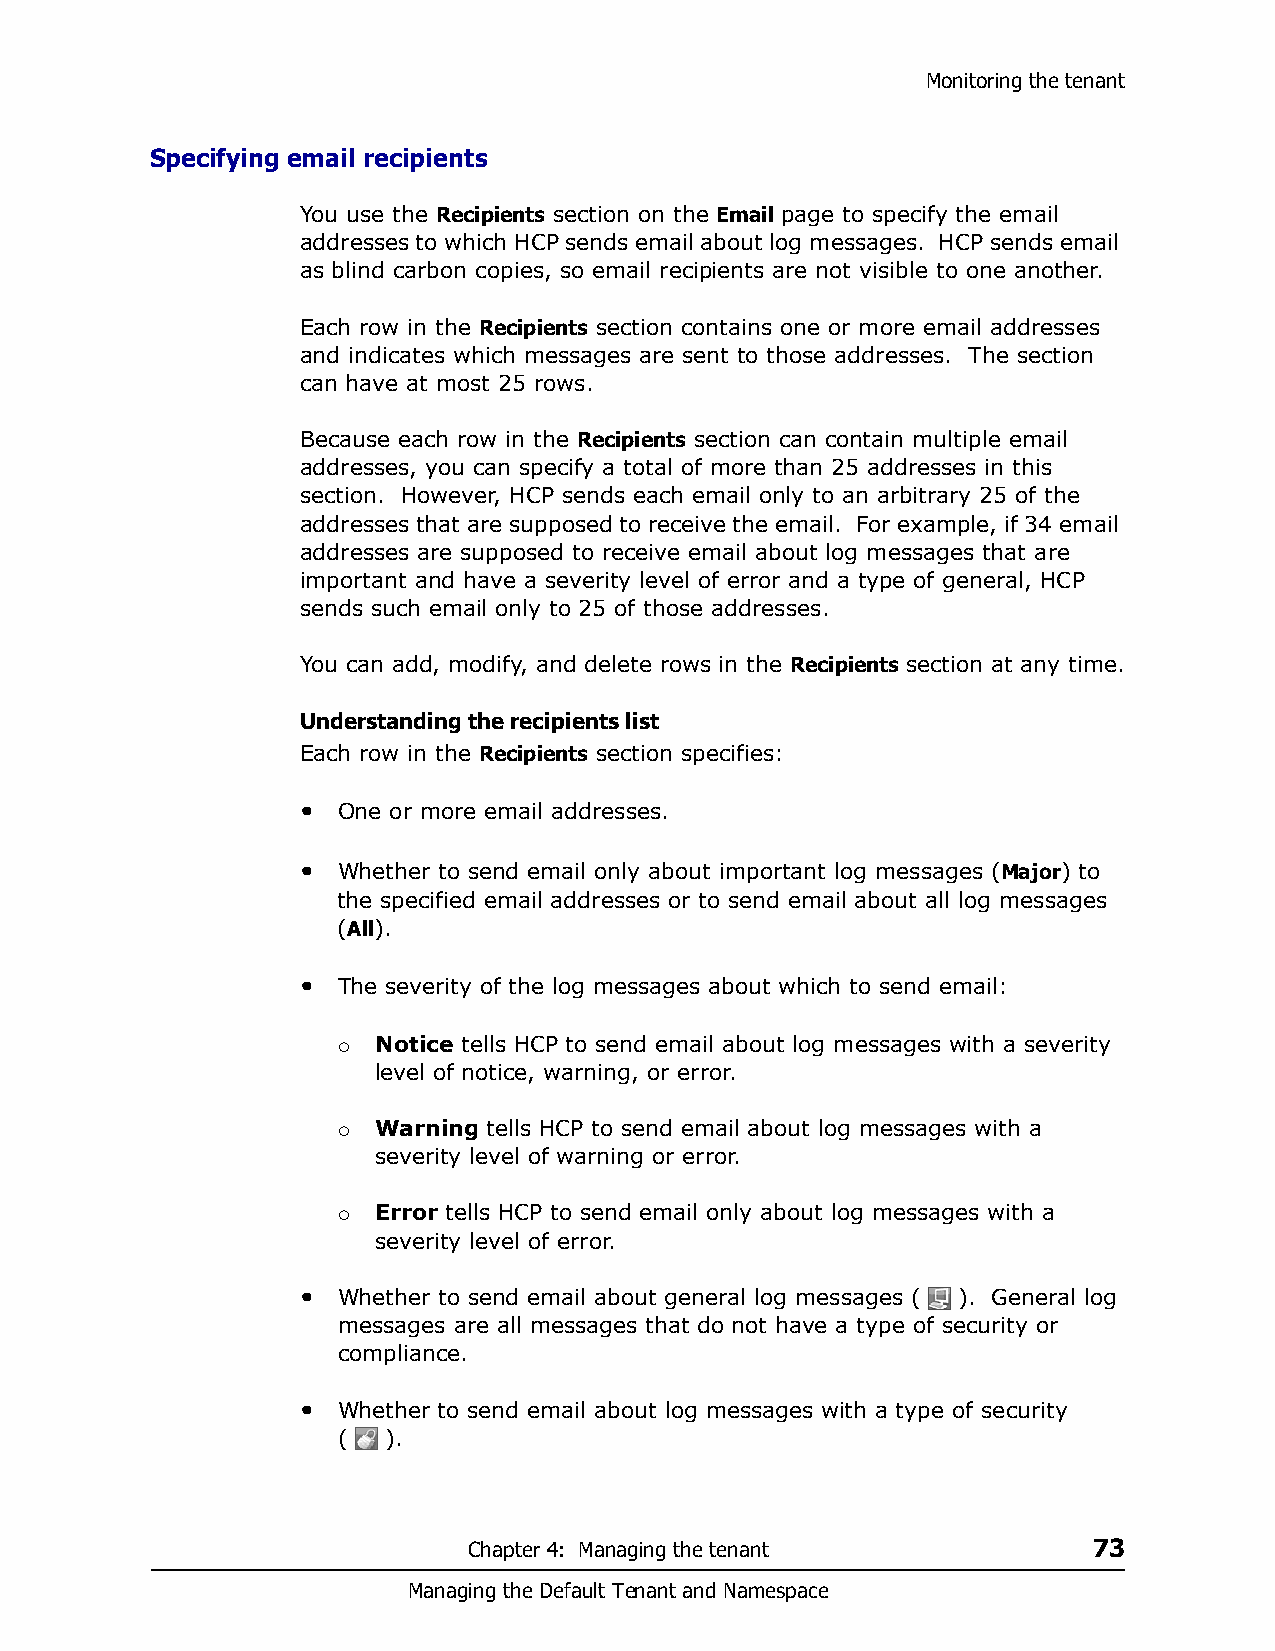
Monitoring the tenant
 Specifying email recipients
 You use the Recipients section on the Email page to specify the email
 addresses to which HCP sends email about log messages. HCP sends email
 as blind carbon copies, so email recipients are not visible to one another.
 Each row in the Recipients section contains one or more email addresses
 and indicates which messages are sent to those addresses. The section
 can have at most 25 rows.
 Because each row in the Recipients section can contain multiple email
 addresses, you can specify a total of more than 25 addresses in this
 section. However, HCP sends each email only to an arbitrary 25 of the
 addresses that are supposed to receive the email. For example, if 34 email
 addresses are supposed to receive email about log messages that are
 important and have a severity level of error and a type of general, HCP
 sends such email only to 25 of those addresses.
 You can add, modify, and delete rows in the Recipients section at any time.
 Understanding the recipients list
 Each row in the Recipients section specifies:
 • One or more email addresses.
 • Whether to send email only about important log messages (Major) to
 the specified email addresses or to send email about all log messages
 (All).
 • The severity of the log messages about which to send email:
 Notice tells HCP to send email about log messages with a severity
 
 level of notice, warning, or error.
 Warning tells HCP to send email about log messages with a
 
 severity level of warning or error.
 Error tells HCP to send email only about log messages with a
 
 severity level of error.
 • Whether to send email about general log messages ( ). General log
 messages are all messages that do not have a type of security or
 compliance.
 • Whether to send email about log messages with a type of security
 (  ).
 Chapter 4: Managing the tenant           73
 Managing the Default Tenant and Namespace